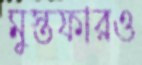
মুস্তফারও